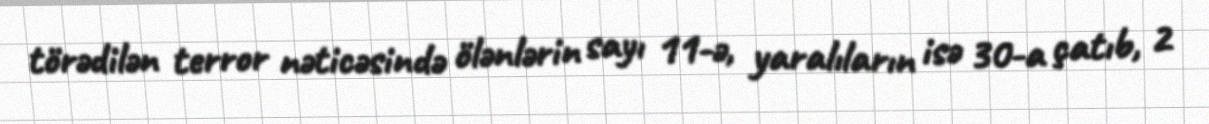
törədilən terror nəticəsində ölənlərin sayı 11-ə, yaralıların isə 30-a çatıb, 2